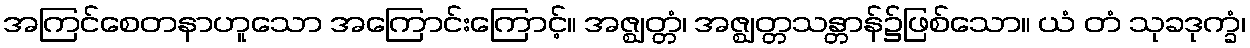
အကြင်စေတနာဟူသော အကြောင်းကြောင့်။ အဇ္ဈတ္တံ၊ အဇ္ဈတ္တသန္တာန်၌ဖြစ်သော။ ယံ တံ သုခဒုက္ခံ၊